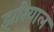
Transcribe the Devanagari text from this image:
झरियाल